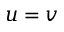
u = v